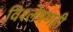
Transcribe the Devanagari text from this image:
विश्‍लेषणही